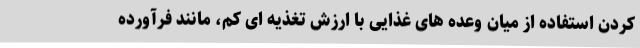
کردن استفاده از میان وعده های غذایی با ارزش تغذیه ای کم، مانند فرآورده